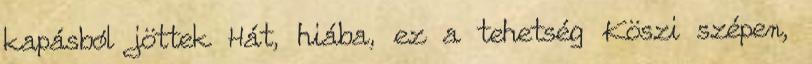
kapásból jöttek Hát, hiába, ez a tehetség Köszi szépen,